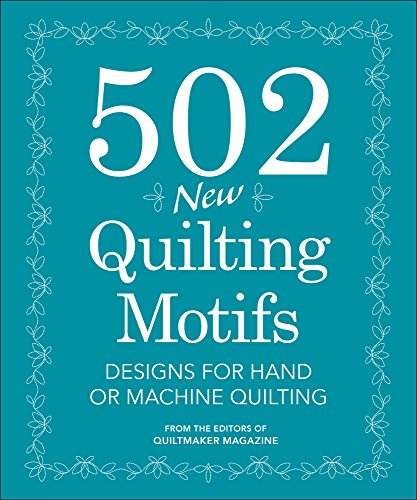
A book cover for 502 New Quilting Motifs: Designs for Hand or Machine Quilting; Quiltmaker Magazine Editors; Crafts, Hobbies & Home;